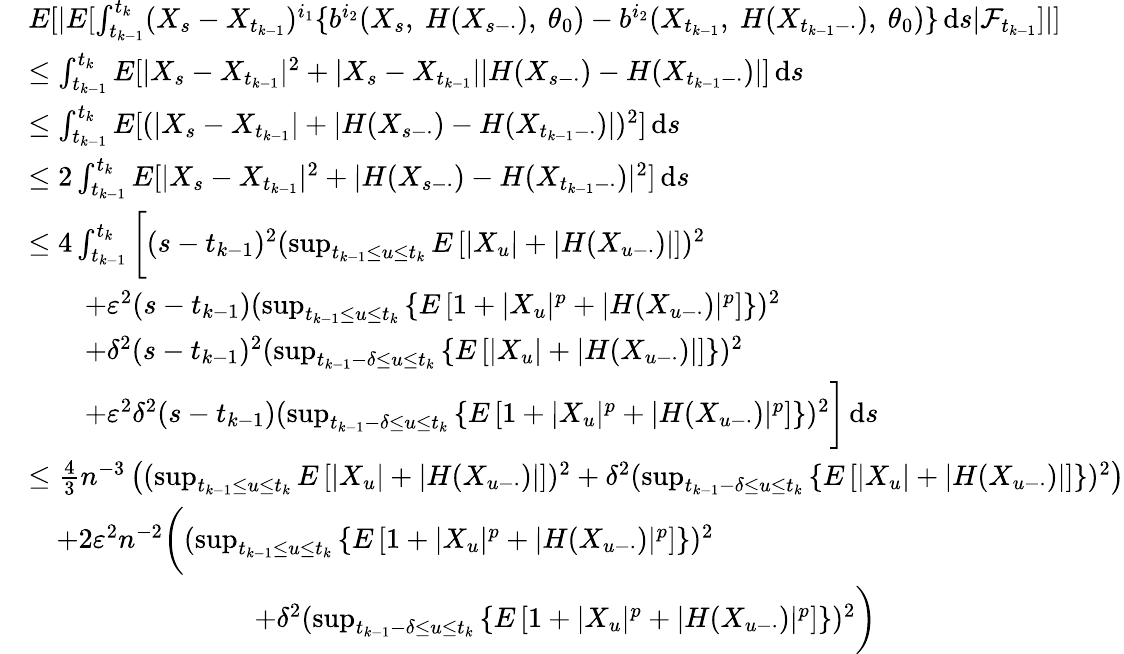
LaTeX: \begin{array}{rl}&{E[|E[\int_{t_{k-1}}^{t_{k}}(X_{s}-X_{t_{k-1}})^{i_{1}}\{ b^{i_{2}}(X_{s},~H(X_{s-\cdot}),~\theta_{0})-b^{i_{2}}(X_{t_{k-1}},~H(X_{t_{k-1}-\cdot}),~\theta_{0})\} \, \mathrm{d}s|\mathcal{F}_{t_{k-1}}]|]}\\ &{\leq\int_{t_{k-1}}^{t_{k}}E[|X_{s}-X_{t_{k-1}}|^{2}+|X_{s}-X_{t_{k-1}}||H(X_{s-\cdot})-H(X_{t_{k-1}-\cdot})|]\, \mathrm{d}s}\\ &{\leq\int_{t_{k-1}}^{t_{k}}E[(|X_{s}-X_{t_{k-1}}|+|H(X_{s-\cdot})-H(X_{t_{k-1}-\cdot})|)^{2}]\, \mathrm{d}s}\\ &{\leq 2\int_{t_{k-1}}^{t_{k}}E[|X_{s}-X_{t_{k-1}}|^{2}+|H(X_{s-\cdot})-H(X_{t_{k-1}-\cdot})|^{2}]\, \mathrm{d}s}\\ &{\leq 4\int_{t_{k-1}}^{t_{k}}\bigg[(s-t_{k-1})^{2}(\operatorname*{sup}_{t_{k-1}\leq u\leq t_{k}}E\left[\left|X_{u}\right|+\left|H(X_{u-\cdot})\right|\right])^{2}}\\ &{\qquad+\varepsilon^{2}(s-t_{k-1})(\operatorname*{sup}_{t_{k-1}\leq u\leq t_{k}}\left\{ E\left[1+|X_{u}|^{p}+|H(X_{u-\cdot})|^{p}\right]\right\} )^{2}}\\ &{\qquad+\delta^{2}(s-t_{k-1})^{2}(\operatorname*{sup}_{t_{k-1}-\delta\leq u\leq t_{k}}\left\{ E\left[\left|X_{u}\right|+\left|H(X_{u-\cdot})\right|\right]\right\} )^{2}}\\ &{\qquad+\varepsilon^{2}\delta^{2}(s-t_{k-1})(\operatorname*{sup}_{t_{k-1}-\delta\leq u\leq t_{k}}\left\{ E\left[1+|X_{u}|^{p}+|H(X_{u-\cdot})|^{p}\right]\right\} )^{2}\bigg]\, \mathrm{d}s}\\ &{\leq\frac{4}{3}n^{-3}\left((\operatorname*{sup}_{t_{k-1}\leq u\leq t_{k}}E\left[\left|X_{u}\right|+\left|H(X_{u-\cdot})\right|\right])^{2}+\delta^{2}(\operatorname*{sup}_{t_{k-1}-\delta\leq u\leq t_{k}}\left\{ E\left[\left|X_{u}\right|+\left|H(X_{u-\cdot})\right|\right]\right\} )^{2}\right)}\\ &{\quad+2\varepsilon^{2}n^{-2}\bigg((\operatorname*{sup}_{t_{k-1}\leq u\leq t_{k}}\left\{ E\left[1+|X_{u}|^{p}+|H(X_{u-\cdot})|^{p}\right]\right\} )^{2}}\\ &{\qquad\qquad\qquad\qquad+\delta^{2}(\operatorname*{sup}_{t_{k-1}-\delta\leq u\leq t_{k}}\left\{ E\left[1+|X_{u}|^{p}+|H(X_{u-\cdot})|^{p}\right]\right\} )^{2}\bigg)}\end{array}